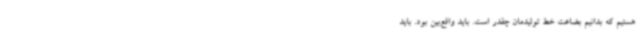
هستیم که بدانیم بضاعت خط تولیدمان چقدر است. باید واقع‌بین بود. باید